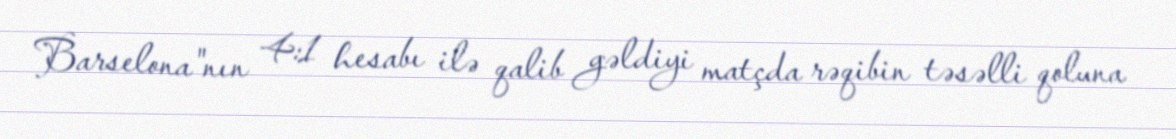
Barselona"nın 4:1 hesabı ilə qalib gəldiyi matçda rəqibin təsəlli qoluna